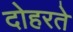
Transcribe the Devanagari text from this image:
दोहरते